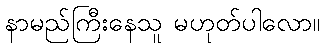
နာမည်ကြီးနေသူ မဟုတ်ပါလော။